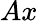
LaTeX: Ax